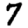
Digit: 7